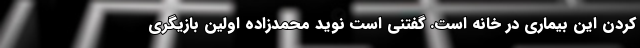
کردن این بیماری در خانه است. گفتنی است نوید محمدزاده اولین بازیگری